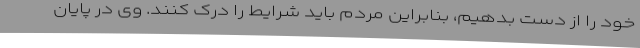
خود را از دست بدهیم، بنابراین مردم باید شرایط را درک کنند. وی در پایان